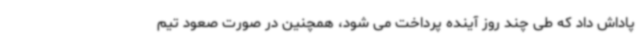
پاداش داد که طی چند روز آینده پرداخت می شود، همچنین در صورت صعود تیم